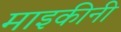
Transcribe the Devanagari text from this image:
माइकीनी